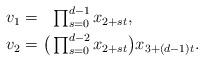
LaTeX: \begin{align*}\begin{aligned}v_1&=\textstyle\phantom{\big(}\prod_{s=0}^{d-1}x_{2+st},\\v_2&=\textstyle\big(\prod_{s=0}^{d-2}x_{2+st}\big)x_{3+(d-1)t}.\end{aligned}\end{align*}